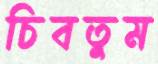
চিবতুম